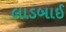
લાડબાઈ